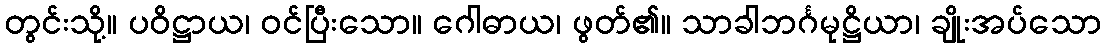
တွင်းသို့။ ပဝိဋ္ဌာယ၊ ဝင်ပြီးသော။ ဂေါဓာယ၊ ဖွတ်၏။ သာခါဘင်္ဂမုဋ္ဌိယာ၊ ချိုးအပ်သော